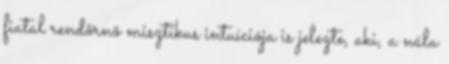
fiatal rendõrnõ misztikus intuíciója is jelezte, aki, a nála